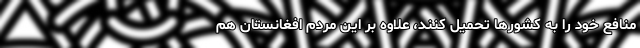
منافع خود را به کشور‌ها تحمیل کنند، علاوه بر این مردم افغانستان هم